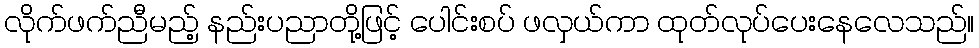
လိုက်ဖက်ညီမည့် နည်းပညာတို့ဖြင့် ပေါင်းစပ် ဖလှယ်ကာ ထုတ်လုပ်ပေးနေလေသည်။